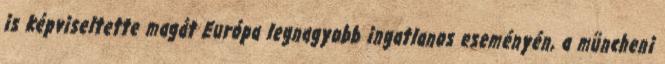
is képviseltette magát Európa legnagyobb ingatlanos eseményén, a müncheni